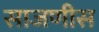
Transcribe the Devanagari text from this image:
साजणीस